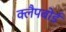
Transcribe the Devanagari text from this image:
क्लैपबोर्ड